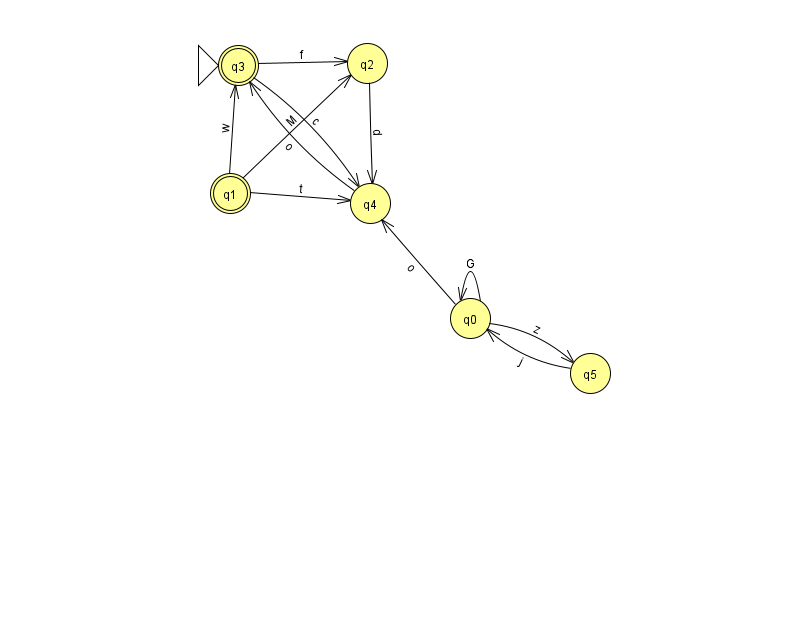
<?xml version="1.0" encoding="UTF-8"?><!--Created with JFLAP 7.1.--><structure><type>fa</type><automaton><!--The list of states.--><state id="0" name="q0"><x>470.0</x><y>305.0</y></state><state id="1" name="q1"><x>230.0</x><y>180.0</y><final/></state><state id="2" name="q2"><x>367.0</x><y>50.0</y></state><state id="3" name="q3"><x>238.0</x><y>52.0</y><initial/><final/></state><state id="4" name="q4"><x>370.0</x><y>190.0</y></state><state id="5" name="q5"><x>590.0</x><y>360.0</y></state><!--The list of transitions.--><transition><from>2</from><to>4</to><read>d</read></transition><transition><from>1</from><to>2</to><read>M</read></transition><transition><from>3</from><to>4</to><read>c</read></transition><transition><from>3</from><to>2</to><read>f</read></transition><transition><from>0</from><to>0</to><read>G</read></transition><transition><from>0</from><to>5</to><read>z</read></transition><transition><from>5</from><to>0</to><read>j</read></transition><transition><from>1</from><to>3</to><read>w</read></transition><transition><from>4</from><to>3</to><read>o</read></transition><transition><from>0</from><to>4</to><read>o</read></transition><transition><from>1</from><to>4</to><read>t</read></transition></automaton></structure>